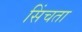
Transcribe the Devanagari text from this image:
सिंचता